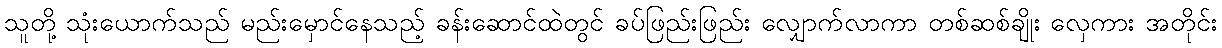
သူတို့ သုံးယောက်သည် မည်းမှောင်နေသည့် ခန်းဆောင်ထဲတွင် ခပ်ဖြည်းဖြည်း လျှောက်လာကာ တစ်ဆစ်ချိုး လှေကား အတိုင်း